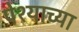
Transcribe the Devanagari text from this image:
पेश्याच्या